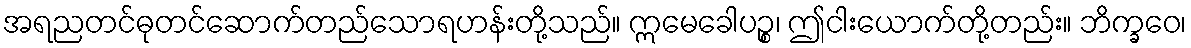
အရညတင်ဓုတင်ဆောက်တည်သောရဟန်းတို့သည်။ ဣမေခေါပဉ္စ၊ ဤငါးယောက်တို့တည်း။ ဘိက္ခဝေ၊